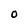
Character: O